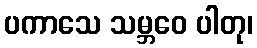
ပကာသေ သမ္ဘဝေ ပါတု၊